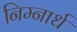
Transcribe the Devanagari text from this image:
निम्नार्ध